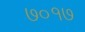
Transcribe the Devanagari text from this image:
७०१७